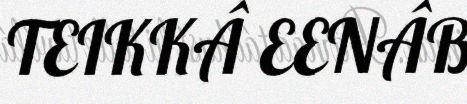
TEIKKÂ EENÂB